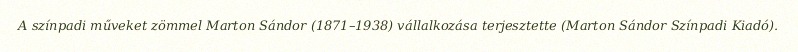
A színpadi műveket zömmel Marton Sándor (1871–1938) vállalkozása terjesztette (Marton Sándor Színpadi Kiadó).